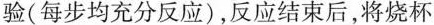
验(每步均充分反应)，反应结束后，将烧杯